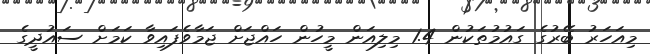
މިއަހަރު ބޭރުގެ ގައުމުތަކުން 1.4 މިލިއަން މީހުން ހައްޖަށް ޖަމާވެފައިވާ ކަމަށް ސައުދީގެ